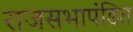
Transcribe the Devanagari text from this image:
राजसभापंडित